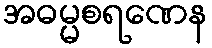
အဓမ္မစရဏေန